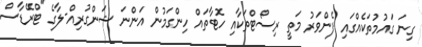
ގިނަ ގައުމުތަކެއްގައި ފެންވަރު މަތީ ރިސޯޓްތަކާއި ހޮޓާތައް ހިންގަމުން އަންނަ ޝަންގުރިއް-ލާގެ "ޓްރޭޑާސް